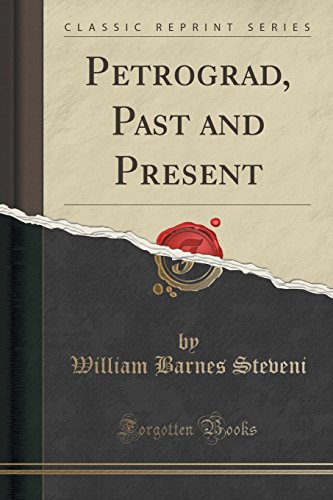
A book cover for Petrograd, Past and Present (Classic Reprint); William Barnes Steveni; History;